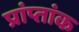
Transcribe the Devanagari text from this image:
प्रांप्तांक